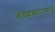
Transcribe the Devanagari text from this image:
बेजबाबदारपणाचे